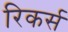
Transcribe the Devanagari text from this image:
रिकर्स